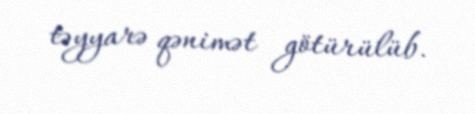
təyyarə qənimət götürülüb.